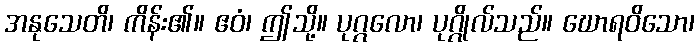
အနုသေတိ၊ ကိန်း၏။ ဧဝံ၊ ဤသို့။ ပုဂ္ဂလော၊ ပုဂ္ဂိုလ်သည်။ ဃောရဝိသော၊